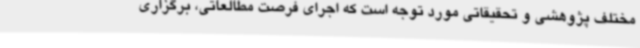
مختلف پژوهشی و تحقیقاتی مورد توجه است که اجرای فرصت مطالعاتی، برگزاری